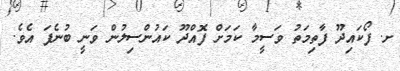
ށ. ފޯކައިދޫ ފާތިމަތު ވަސީމާ ކަމަށް ފޮއްދޫ ކައުންސިލުން ވަނީ ބުނެފަ އެވެ.